Sleeping sickness
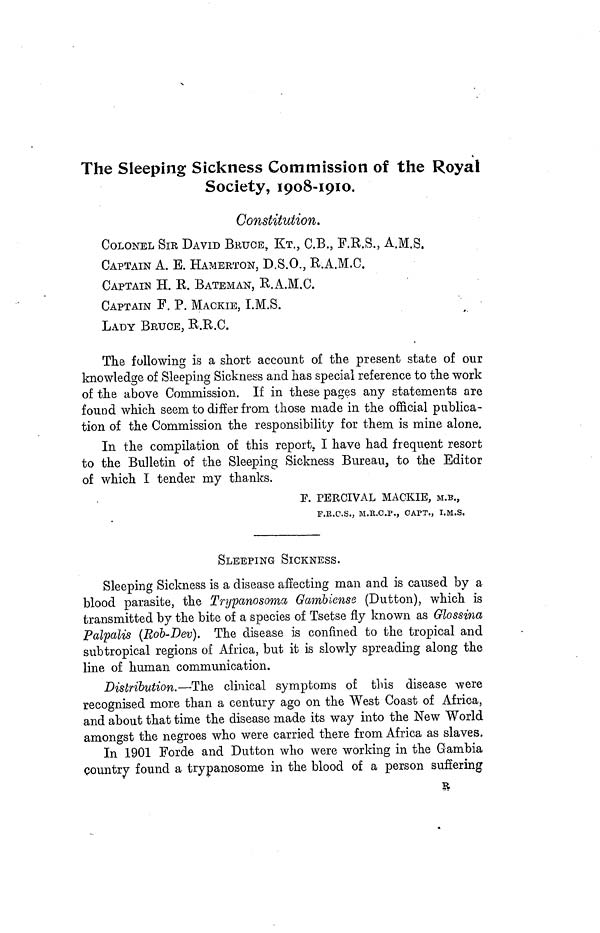
The Sleeping Sickness Commission of the Royal
Society, 1908-1910.
Constitution.
COLONEL SIR DAVID BRUCE, Κτ,, C.B., F.R.S., A.M.S.
CAPTAIN A. E. HAMERTON, D.S.O., R.A.M.C.
CAPTAIN H. R. BATEMAN, R.A.M.C.
CAPTAIN F. P. MACKIE, I.M.S.
LADY BRUCE, R.R.C.
The following is a short account of the present state of our
knowledge of Sleeping Sickness and has special reference to the work
of the above Commission. If in these pages any statements are
found which seem to differ from those made in the official publica-
tion of the Commission the responsibility for them is mine alone.
In the compilation of this report. I have had frequent resort
to the Bulletin of the Sleeping Sickness Bureau, to the Editor
of which I tender my thanks.
F. PERCIVAL MACKIE, M.B.,
F.E.C.S., M.E.O.P., CAPT., I.M.S.
SLEEPING SICKNESS.
Sleeping Sickness is a disease affecting man and is caused by a
blood parasite, the Trypanosoma, Gambiense (Dutton), which is
transmitted by the bite of a species of Tsetse fly known as Glossina
Palpalis (Rob-Dev). The disease is confined to the tropical and
subtropical regions of Africa, but it is slowly spreading along the
line of human communication.
Distribution.—The clinical symptoms of this disease were
recognised more than a century ago on the West Coast of Africa,
and about that time the disease made its way into the New World
amongst the negroes who were carried there from Africa as slaves.
In 1901 Forde and Dutton who were working in the Gambia
country found a trypanosome in the blood of a person suffering
R